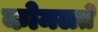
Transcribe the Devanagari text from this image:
कोमलते